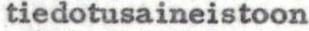
tiedotusaineistoon